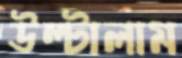
উল্টালাম